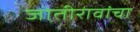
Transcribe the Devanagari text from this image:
जोतीरावांचा